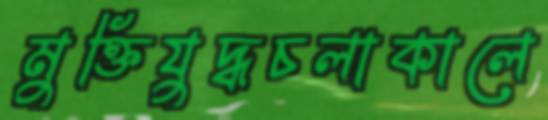
মুক্তিযুদ্ধচলাকালে